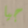
جيا